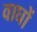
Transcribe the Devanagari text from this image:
वाघों